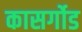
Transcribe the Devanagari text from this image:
कासर्गोड